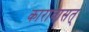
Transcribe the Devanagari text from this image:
कारावासत्